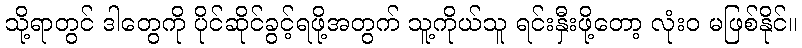
သို့ရာတွင် ဒါတွေကို ပိုင်ဆိုင်ခွင့်ရဖို့အတွက် သူ့ကိုယ်သူ ရင်းနှီးဖို့တော့ လုံးဝ မဖြစ်နိုင်။